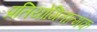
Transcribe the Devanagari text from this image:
प्रतियोगितात्मक